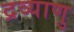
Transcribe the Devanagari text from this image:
द्रव्याणु